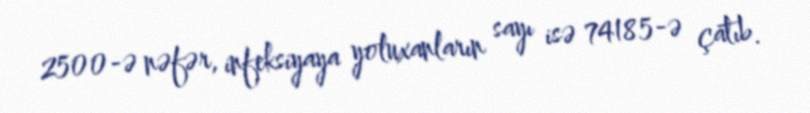
2500-ə nəfər, infeksiyaya yoluxanların sayı isə 74185-ə çatıb.